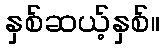
နှစ်ဆယ့်နှစ်။